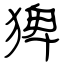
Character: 猈